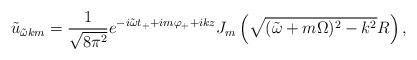
LaTeX: \begin{align*}\tilde{u}_{\tilde\omega km}=\frac{1}{\sqrt{8\pi^2}}e^{-i\tilde\omega t_{+}+im\varphi_{+}+ikz} J_m\left(\sqrt{(\tilde\omega+m\Omega)^2-k^2}R\right),\end{align*}